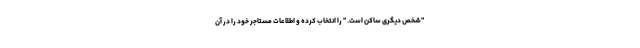
"شخص دیگری ساکن است. " را انتخاب کرده و اطلاعات مستاجر خود را در آن